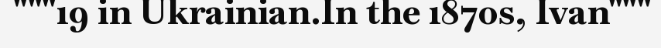
"""19 in Ukrainian.In the 1870s, Ivan"""